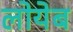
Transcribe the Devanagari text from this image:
लोयेब